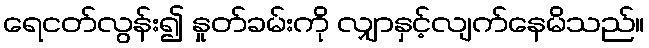
ရေငတ်လွန်း၍ နှုတ်ခမ်းကို လျှာနှင့်လျက်နေမိသည်။